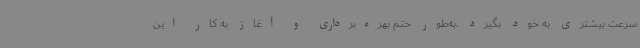
سرعت بیشتری به خود بگیرد ،به‌طور حتم بهره‌برداری و آغاز به کار این